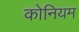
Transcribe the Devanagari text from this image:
कोनियम